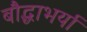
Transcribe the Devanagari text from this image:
बौद्धाभर्या